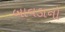
બાવડાનો